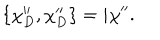
\{ \chi _ { D } ^ { \prime \prime } , \chi _ { D } ^ { \prime \prime } \} = i \chi ^ { \prime \prime } .